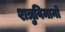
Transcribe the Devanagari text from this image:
शत्रुविमानों